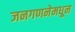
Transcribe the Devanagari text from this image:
जनगणनेमधून